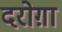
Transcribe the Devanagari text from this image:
दरोग़ा